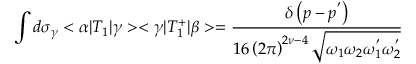
\int d { \sigma } _ { \gamma } < \alpha | T _ { 1 } | \gamma > < \gamma | T _ { 1 } ^ { + } | \beta > = \frac { \delta \left( p - p ^ { ' } \right) } { 1 6 \left( 2 \pi \right) ^ { 2 \nu - 4 } \sqrt { { \omega } _ { 1 } { \omega } _ { 2 } { \omega } _ { 1 } ^ { ' } { \omega } _ { 2 } ^ { ' } } }